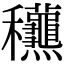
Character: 𥤛